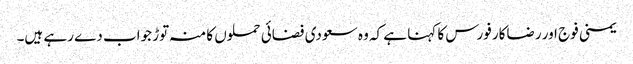
یمنی فوج اور رضاکار فورس کا کہنا ہے کہ وہ سعودی فضائی حملوں کا منہ توڑ جواب دے رہے ہیں۔